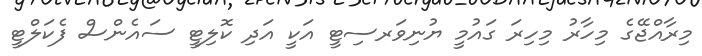
މިރާއްޖޭގެ މިހާރު މިހިރަ ގައުމީ ޔުނިވަރސިޓީ އަކީ އަދި ކޮލިޓީ ސައެންސް ފެކަލްޓީ